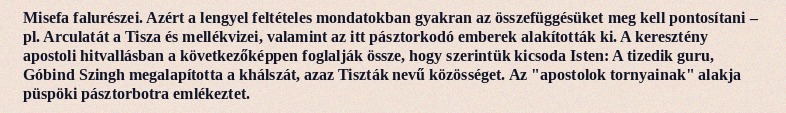
Misefa falurészei. Azért a lengyel feltételes mondatokban gyakran az összefüggésüket meg kell pontosítani – pl. Arculatát a Tisza és mellékvizei, valamint az itt pásztorkodó emberek alakították ki. A keresztény apostoli hitvallásban a következőképpen foglalják össze, hogy szerintük kicsoda Isten: A tizedik guru, Góbind Szingh megalapította a khálszát, azaz Tiszták nevű közösséget. Az "apostolok tornyainak" alakja püspöki pásztorbotra emlékeztet.